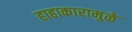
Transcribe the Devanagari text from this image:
हाहाकारामुळे